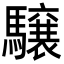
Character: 𩦪